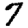
Digit: 7